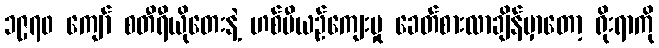
၁၉၇၀ ကျော် စတီရီယိုတေးနဲ့ ဟစ်ပီယဉ်ကျေးမှု ခေတ်စားလာချိန်မှာတော့ ရိုးရာကို